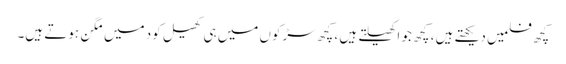
کچھ فلمیں دیکھتے ہیں ، کچھ جو اکھیلتے ہیں ، کچھ سڑکوں میں ہی کھیل کود میں مگن ہوتے ہیں۔